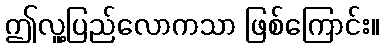
ဤလူ့ပြည်လောကသာ ဖြစ်ကြောင်း။